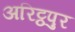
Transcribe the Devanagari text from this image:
अरिट्ठपुर